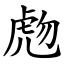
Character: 虝